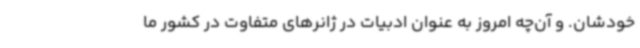
خودشان. و آن‌چه امروز به عنوان ادبیات در ژانرهای متفاوت در کشور ما